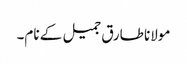
مولانا طارق جمیل کے نام۔